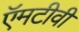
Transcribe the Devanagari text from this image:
ऍमटीवी